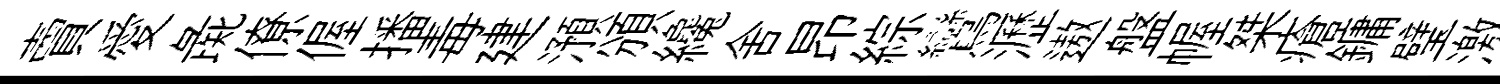
𧶠愛彘僚偓播毒建澦頒纔舍昂綜鸞瀝遨盤幄桀瘡鏞璧激